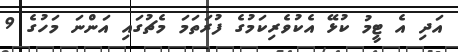
އަދި އެ ޓީމު ކުޅޭ އެކުވެރިކަމުގެ ފުރަތަމަ މެޗުގައި އަންނަ މަހުގެ 9